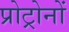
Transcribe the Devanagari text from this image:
प्रोट्रोनों